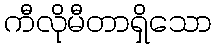
ကီလိုမီတာရှိသော